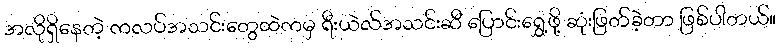
အလိုရှိနေတဲ့ ကလပ်အသင်းတွေထဲကမှ ရီးယဲလ်အသင်းဆီ ပြောင်းရွှေ့ဖို့ ဆုံးဖြတ်ခဲ့တာ ဖြစ်ပါတယ်။